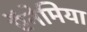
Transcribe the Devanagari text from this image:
ऍनेमिया